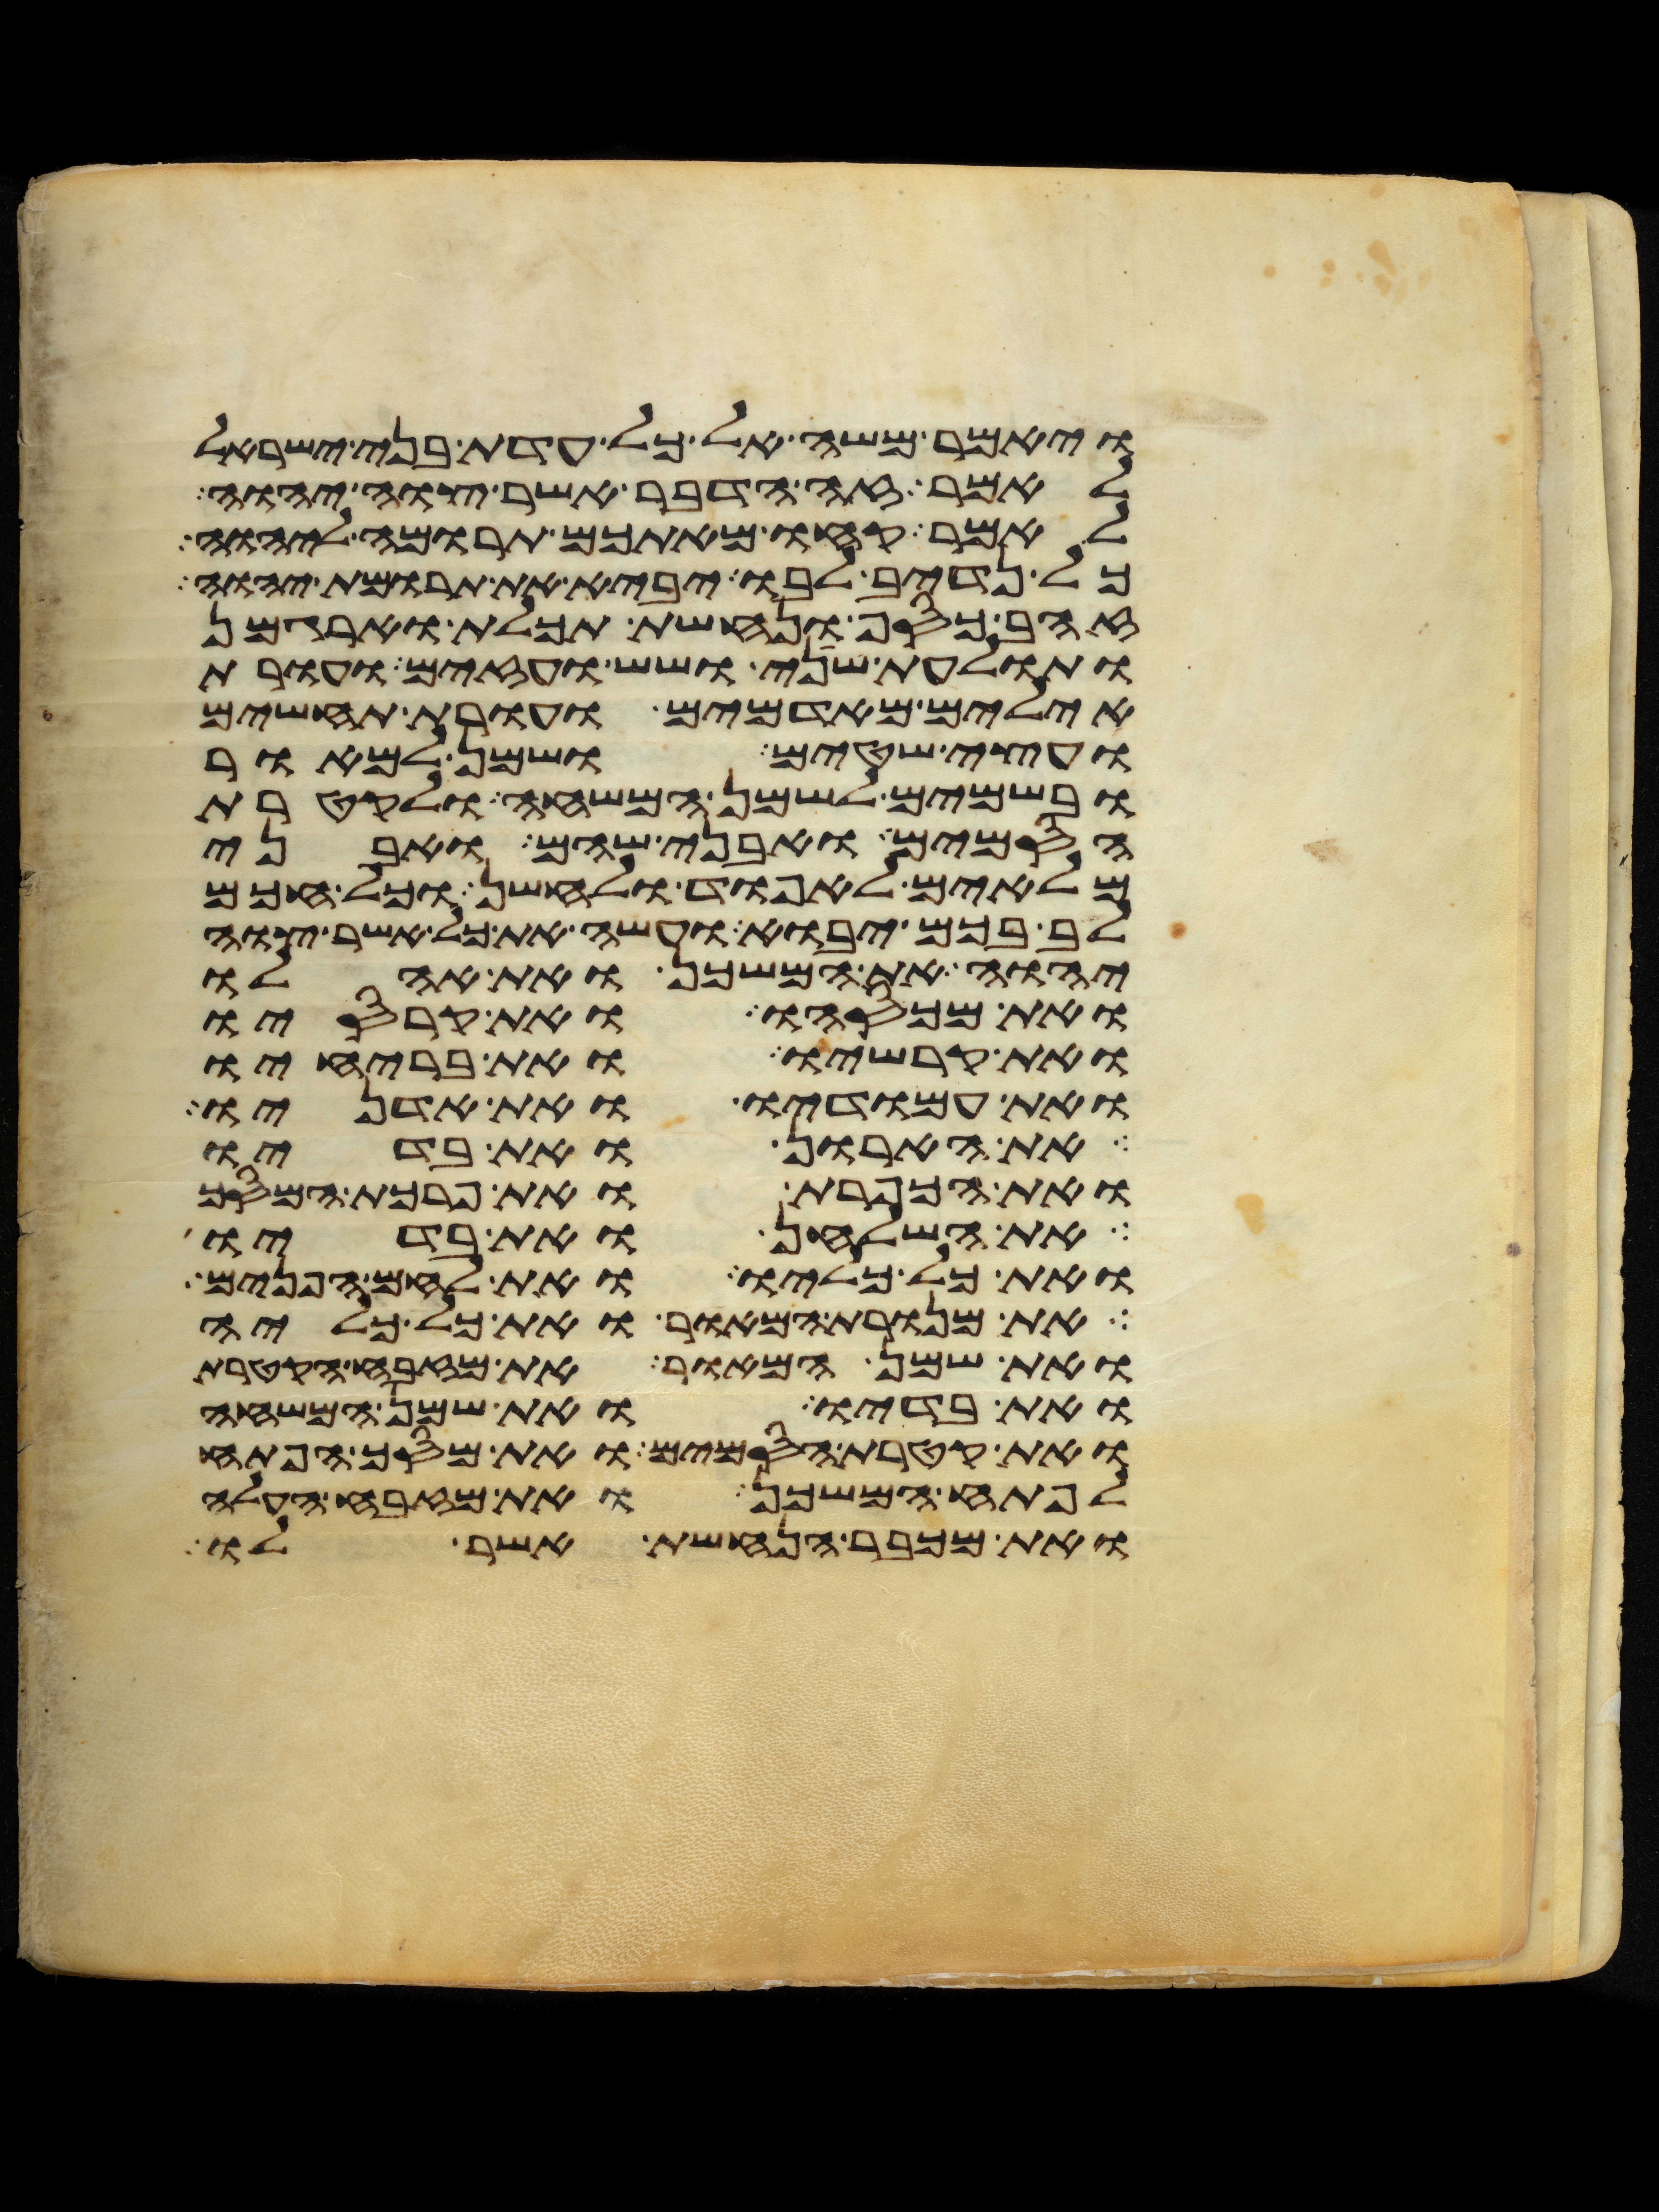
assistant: ויאמר משה אל כל עדת בני ישראל
לאמר זה הדבר אשר צוה יהוה
לאמר קחו מאתכם תרומה ליהוה
כל נדיב לבו יביא את תרומת יהוה
זהב כסף ונחשת תכלת וארגמן
ותולעת שני ושש ועזים ועורת
אילים מאדמים ועורת תחשים
ועצי שטים ושמן למאור
ובשמים לשמן המשחה ולקטרת
הסמים ואבני שהם ואבני
מלאים לאפוד ולחשן וכל חכם
לב בכם יבוא ועשה את כל אשר צוה
יהוה את המשכן ואת אהלו
ואת מכסהו ואת קרסיו
ואת קרשיו ואת בריחיו
ואת עמודיו ואת אדניו
את הארון ואת בדיו
ואת הכפרת ואת פרכת המסך
את השלחן ואת בדיו
ואת כל כליו ואת לחם הפנים
את מנורת המאור ואת כל כליה
ואת שמן המאור את מזבח הקטרת
ואת בדיו ואת שמן המשחה
ואת קטרת הסמים ואת מסך הפתח
לפתח המשכן ואת מזבח העלה
ואת מכבר הנחשת אשר לו